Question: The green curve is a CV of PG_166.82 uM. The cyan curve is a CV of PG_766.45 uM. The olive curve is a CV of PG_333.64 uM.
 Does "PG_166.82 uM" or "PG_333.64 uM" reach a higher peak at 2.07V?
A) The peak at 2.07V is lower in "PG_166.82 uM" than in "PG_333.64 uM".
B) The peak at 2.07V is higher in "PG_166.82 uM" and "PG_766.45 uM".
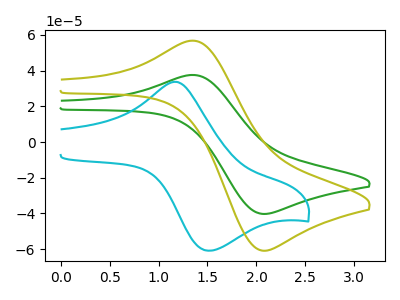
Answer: <think>The green curve "PG_166.82 uM" has an anodic peak at (1.40V, 37.45uA) and a cathodic peak at (2.05V, -40.25uA). The cyan curve "PG_766.45 uM" has an anodic peak at (1.20V, 33.65uA) and a cathodic peak at (1.50V, -60.80uA). The olive curve "PG_333.64 uM" has an anodic peak at (1.40V, 56.60uA) and a cathodic peak at (2.05V, -60.85uA).</think>
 <answer>A) The peak at 2.07V is lower in "PG_166.82 uM" than in "PG_333.64 uM".</answer>
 <eval>A</eval>